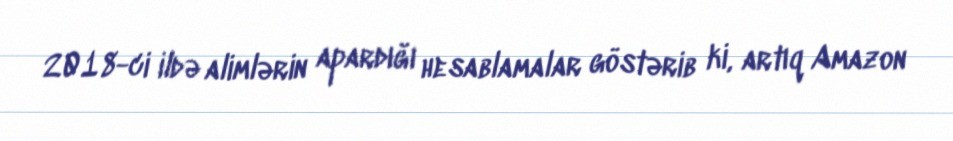
2018-ci ildə alimlərin apardığı hesablamalar göstərib ki, artıq Amazon